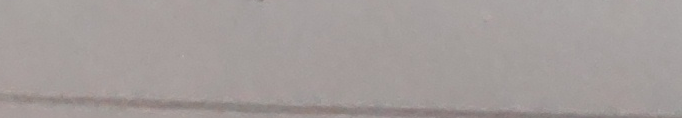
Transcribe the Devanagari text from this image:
नेपाली हस्ताक्षर